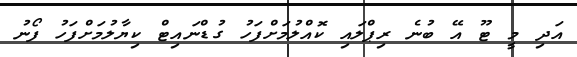
އަދި މީ ޓޫ އޭ ބުނެ ރިޕްލައި ކޮއްލުމަށްފަހު ގުޑްނައިޓް ކިޔާލުމަށްފަހު ފޯނު